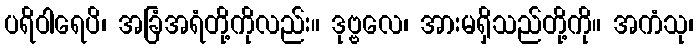
ပရိဝါရေပိ၊ အခြံအရံတို့ကိုလည်း။ ဒုဗ္ဗလေ၊ အားမရှိသည်တို့ကို။ အကံသု၊